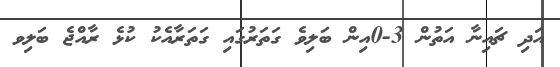
އަދި ޗައިނާ އަތުން 3-0އިން ބަލިވެ ގަތަރުގައި ގަތަރާއެކު ކުޅެ ރާއްޖެ ބަލިވ